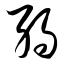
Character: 弱